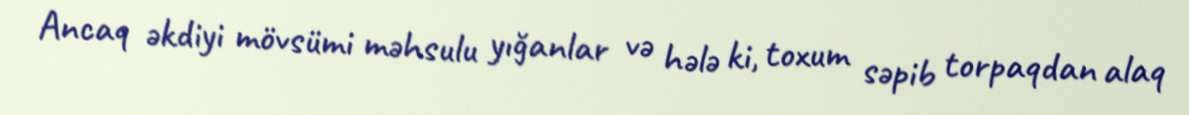
Ancaq əkdiyi mövsümi məhsulu yığanlar və hələ ki, toxum səpib torpaqdan alaq